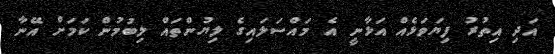
އަދި އިތުރު ފިޔަވަޅެއް އަޅާނީ އެ މައްސަލައިގެ ލިޔުންތައް ލިބުމުން ކަމަށް އޭނާ